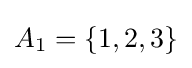
A_{1}=\{1,2,3\}